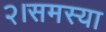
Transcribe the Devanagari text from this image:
२।समस्या